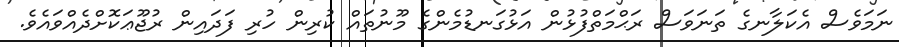
ނަމަވެސް އެކަލާނގެ ތަނަވަސް ރަޙްމަތްފުޅުން އަޅުގަނޑުމެންގެ މޫނުތައް ކުރިން ހުރި ފަދައިން ރުޖޫޢަކޮށްދެއްވައެވެ.